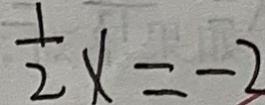
\frac { 1 } { 2 } x = - 2